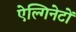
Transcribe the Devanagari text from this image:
ऐल्गिनेटों